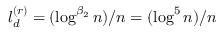
l _ { d } ^ { ( r ) } = ( \log ^ { \beta _ { 2 } } n ) / n = ( \log ^ { 5 } n ) / n